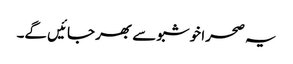
یہ صحرا خوشبو سے بھر جائیں گے۔